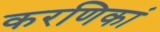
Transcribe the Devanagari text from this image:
करणिकां